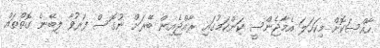
ހާއްސަކޮށް މިކަހަލަ އެމާޖެންސީ ކަންކަމުގައި ރާއްޖެއިން ބޭރަށް ނުގޮސް ފަރުވާ ލިބޭނެ ގޮތްތައް